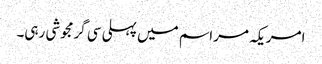
امریکہ مراسم میں پہلی سی گرمجوشی رہی۔